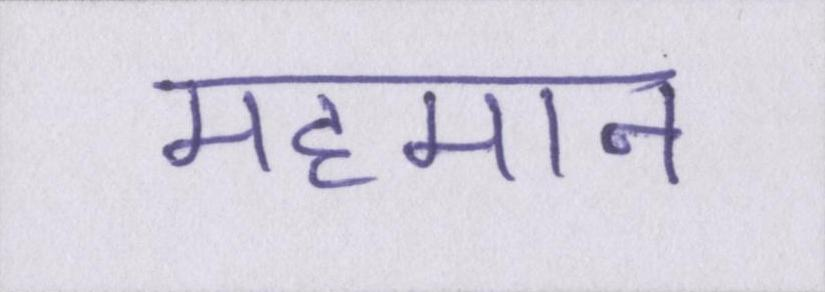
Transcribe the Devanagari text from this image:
महमान